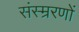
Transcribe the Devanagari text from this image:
संस्म्ररणों